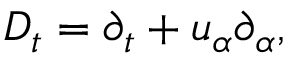
D _ { t } = \partial _ { t } + { u } _ { \alpha } \partial _ { \alpha } ,